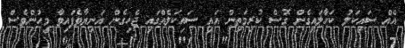
އެއް ސައިކަލު ކަހާލައިގެން ގޮސް ކުރިމަތިން އައި ސައިކަލެއްގައި ޖެހިގެން އަނިޔާވެފައިވާ މީހުންވެސް